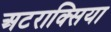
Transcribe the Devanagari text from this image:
अटराक्सिया